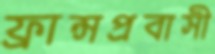
ফ্রান্সপ্রবাসী